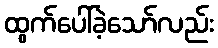
ထွက်ပေါ်ခဲ့သော်လည်း